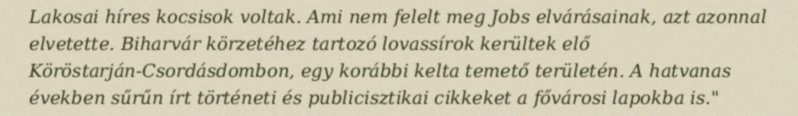
Lakosai híres kocsisok voltak. Ami nem felelt meg Jobs elvárásainak, azt azonnal elvetette. Biharvár körzetéhez tartozó lovassírok kerültek elő Köröstarján-Csordásdombon, egy korábbi kelta temető területén. A hatvanas években sűrűn írt történeti és publicisztikai cikkeket a fővárosi lapokba is."